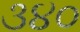
૩૪૦